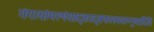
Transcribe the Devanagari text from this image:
गंगायांमरणंयादृक्तादृक्फलमवाप्नुयादिति